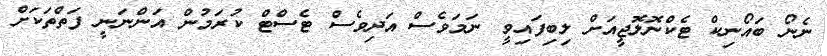
ނެނޯ ބައޯނިކް ޓެކްނޮލޮޖީއަށް ލިބިފައިވީ ނަމަވެސް އަދިވެސް ޓެސްޓް ކުރަމުން އަންނަނީ ފަތްތަކަށް